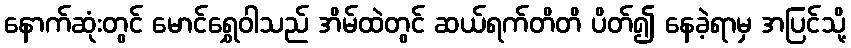
နောက်ဆုံးတွင် မောင်ရွှေဝါသည် အိမ်ထဲတွင် ဆယ်ရက်တိတိ ပိတ်၍ နေခဲ့ရာမှ အပြင်သို့